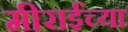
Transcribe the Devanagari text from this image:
मीराईंच्या